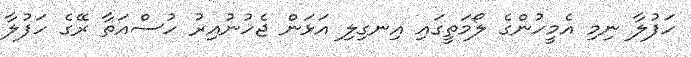
ހަފުލާ ނިމި އެމީހުންގެ ލޯމަތީގައި އިނގިލި އަޅަން ޖެހުނުއިރު ހުސްއަތާ ރޭގެ ހަފުލާ